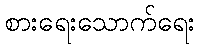
စားရေးသောက်ရေး